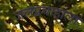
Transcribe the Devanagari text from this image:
जलप्रवाहाला